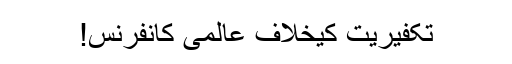
تکفیریت کیخلاف عالمی کانفرنس!